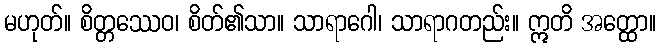
မဟုတ်။ စိတ္တဿေဝ၊ စိတ်၏သာ။ သာရာဂေါ၊ သာရာဂတည်း။ ဣတိ အတ္ထော။